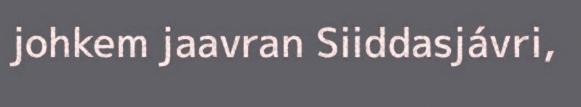
johkem jaavran Siiddasjávri,